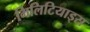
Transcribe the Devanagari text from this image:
मिलिटियाड्स